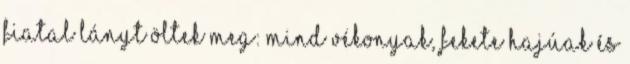
fiatal lányt öltek meg: mind vékonyak, fekete hajúak és